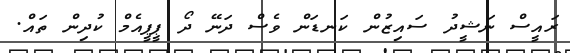
ރައީސް ނަޝީދު ސައިޒުން ކަނޑަން ވެސް ދަނޭ ދޯ ޕީޕީއެމް ކުދިން ތައް.